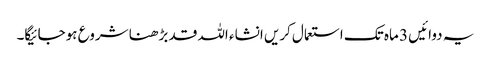
یہ دوائیں 3 ماہ تک استعمال کریں انشاء اللہ قد بڑھنا شروع ہوجائیگا۔